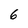
Character: 6